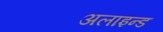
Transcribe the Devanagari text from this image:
अलाइन्ड